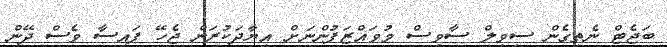
ބަޖެޓް ނެތިގެން ސިވިލް ސާވިސް މުވައްޒަފުންނަށް އިޔާދަކުރަން ޖެހޭ ފައިސާ ވެސް ދޭން